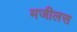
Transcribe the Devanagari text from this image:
मजीलस